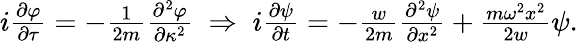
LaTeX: \begin{array}{r}{i\frac{\partial\varphi}{\partial\tau}=-\frac{1}{2m}\frac{\partial^{2}\varphi}{\partial\kappa^{2}}\; \Rightarrow\; i\frac{\partial\psi}{\partial t}=-\frac{w}{2m}\frac{\partial^{2}\psi}{\partial x^{2}}+\frac{m\omega^{2}x^{2}}{2w}\psi.}\end{array}